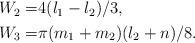
LaTeX: \begin{align*}\begin{aligned}W_2 =&4(l_1-l_2)/3,\\W_3 =&\pi(m_1+m_2)(l_2+n)/8.\\ \end{aligned}\end{align*}